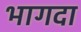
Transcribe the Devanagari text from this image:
भागदा